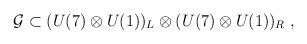
LaTeX: \begin{align*}{\cal{G}} \subset (U(7) \otimes U(1))_L \otimes (U(7) \otimes U(1))_R \;, \end{align*}